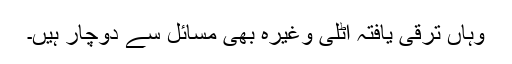
وہاں ترقی یافتہ اٹلی وغیرہ بھی مسائل سے دوچار ہیں۔